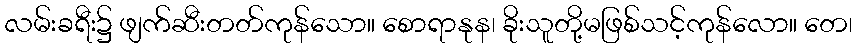
လမ်းခရီး၌ ဖျက်ဆီးတတ်ကုန်သော။ စောရာနုန၊ ခိုးသူတို့မဖြစ်သင့်ကုန်လော။ တေ၊